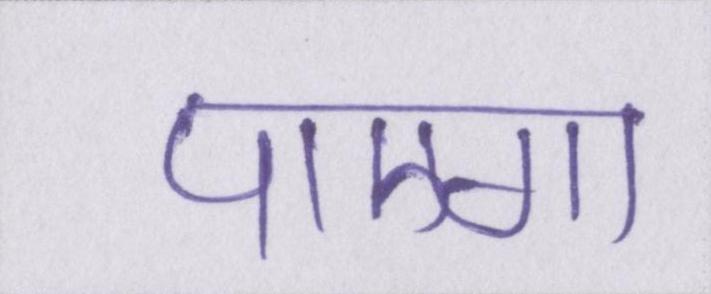
पाएगा